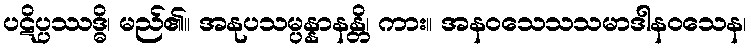
ပဋိပ္ပဿဒ္ဓိ၊ မည်၏။ အနုပသမ္ပန္နာနန္တိ၊ ကား။ အနဝသေသသမာဒါနဝသေန၊